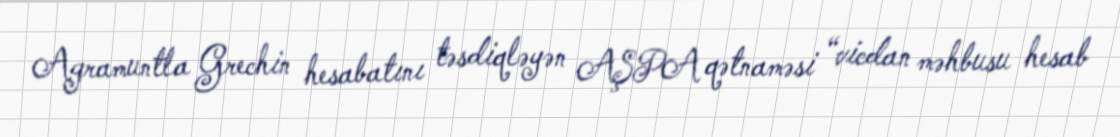
Agramuntla Grechin hesabatını təsdiqləyən AŞPA qətnaməsi “vicdan məhbusu hesab